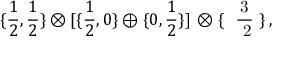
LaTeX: \lbrace { \frac { 1 } { 2 } } , { \frac { 1 } { 2 } } \rbrace \otimes \lbrack \lbrace { \frac { 1 } { 2 } } , 0 \rbrace \oplus \lbrace 0 , { \frac { 1 } { 2 } } \rbrace \rbrack \, \otimes \lbrace \mathrm { ~ \boldmath ~ { \frac { 3 } { ~ 2 } } ~ } \rbrace \, ,